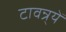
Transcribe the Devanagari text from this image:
टावन्र्यें